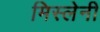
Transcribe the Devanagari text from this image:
मिस्लेनी